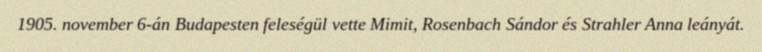
1905. november 6-án Budapesten feleségül vette Mimit, Rosenbach Sándor és Strahler Anna leányát.